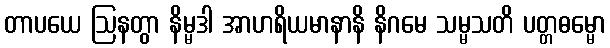
တာပယေ ဩနတွာ နိမ္မဒါ အာဟရိယမာနာနိ နိဂမေ သမ္မသတိ ပတ္တဓမ္မော